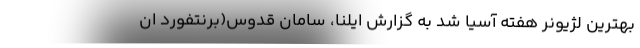
بهترین لژیونر هفته آسیا شد به گزارش ایلنا، سامان قدوس(برنتفورد ان